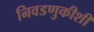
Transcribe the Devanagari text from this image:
निवडणुकीशी